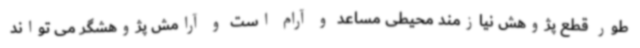
طور قطع پژوهش نیازمند محیطی مساعد و آرام است و آرامش پژوهشگر می تواند